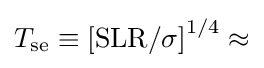
T_{\mathrm {se} }\equiv \left[\mathrm {SLR} /\sigma \right]^{1/4}\approx